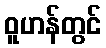
ဝူဟန်တွင်